Annual report on the working of the mental hospitals in the Madras Presidency - 1912-1932
Year: 1912
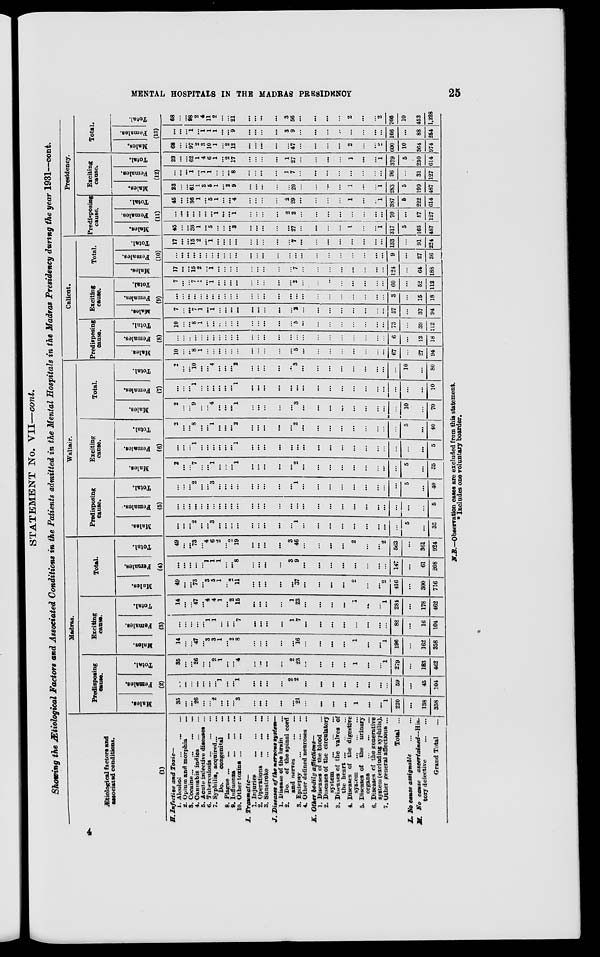
MENTAL HOSPITALS IN THE MADRAS PRESIDENCY
25
STATEMENT No. VII—cont.
Showing the Ætiological Factors and Associated Conditions in the Patients admitted in the Mental Hospitals in the Madras Presidency during the year 1931—cont.
Ætiological factors and
associated conditions.
(1)
H. Infective and Toxic—
1. Alcohol ... ... ...
2. Opium and morphia
...
3. Cocaine
...
...
...
4. Canuabis indica
...
...
5. Acute infective diseases ...
6. Tuberculosis
...
...
...
7. Syphilis, acquired ... ...
Do.
congenital
...
8. Plague
...
...
...
...
9. Influenza ... ...
...
10. Other toxins
...
...
...
I.
Traumatic—
1.
Injuries
...
...
...
2. Operations ...
...
...
3. Sunstroke
...
... ...
J. Diseases of the nervous system—
1. Disease of the brain ...
2. Do. of the spinal cord
and nerves ... ... ...
3. Epilepsy
...
...
...
4. Other defined neuroses ...
K. Other bodily
afflictions—
1. Diseases of the blood ...
2. Diseases of the circulatory
system
...
...
...
3. Diseases of the valves of
the heart
...
...
...
4. Diseases of the digestive
system
...
...
...
5. Diseases of the urinary
organs
...
...
...
6. Diseases of the generative
system (excluding syphilis).
7. Other general affections ...
Total ...
L. No cause assignable
...
...
M. No cause
ascertained—His-
tory defective
...
...
Grand Total ...
Madras.
Predisposing
cause.
Males.
Females.
Total.
(2)
35
...
...
26
...
...
2
...
...
...
3
...
...
...
...
...
21
...
...
...
...
1
...
...
1
220
...
138
358
...
...
...
...
...
...
...
1
...
...
1
...
...
...
...
2
2
...
...
...
...
...
...
...
...
59
...
45
104
35
. ..
...
26
. ..
...
2
1
...
. ..
4
...
...
...
...
2
28
...
...
...
...
1
...
...
1
279
...
183
462
Exciting
cause.
Males.
Females.
Total.
(3)
14
...
...
47
...
3
3
1
...
2
8
...
. ..
...
...
...
16
...
...
...
...
1
...
...
1
196
...
162
358
...
...
...
...
...
1
1
...
...
...
7
...
...
...
...
1
7
...
...
...
...
...
...
. ..
...
88
...
16
104
14
...
...
47
...
4
4
1
...
2
15
...
...
...
1
23
...
...
...
...
1
...
...
1
281
...
178
462
Total.
Mules.
Females.
Total.
(4)
49
...
...
73
...
3
5
1
...
2
11
...
...
...
...
...
37
...
...
...
. ..
2
...
...
2
416
...
300
716
...
...
...
...
...
1
1
1
...
...
8
...
...
...
...
3
9
. ..
...
...
...
...
...
...
...
147
...
61
208
49
...
...
73
...
4
6
2
...
2
19
...
...
...
. ..
3
46
...
...
...
...
2
...
...
2
563
...
361
924
Waltair.
Predisposing
cause.
Males.
Females.'
Total.
(5)
...
...
... 2
...
...
3
...
. ..
...
...
...
...
...
...
...
1
...
...
. ..
. ..
...
...
...
. ..
...
5
...
35
...
...
...
...
...
...
...
...
...
...
...
...
...
...
...
...
...
...
...
...
...
...
...
...
...
...
...
...
5
. ..
...
... 2
. ..
. ..
3
...
...
...
...
...
...
...
...
...
1
...
...
...
...
...
...
...
...
...
5
...
40
Exciting
cause.
Males.
Females.
Total.
(6)
2
. ..
... 7
...
...
1
...
...
...
1
...
...
...
...
...
2
...
...
...
. ..
...
...
...
...
...
5
...
35
...
...
... 1
...
...
...
...
...
...
1
...
...
...
...
...
...
...
...
...
...
...
...
...
...
...
...
...
5
2
...
... 8
...
...
1
. ..
. ..
...
2
...
...
...
...
...
2
...
...
...
...
. ..
...
...
...
...
5
...
40
Total.
Males.
Females.
Total.
(7)
2
...
... 9
...
...
4
...
...
...
1
...
...
...
...
...
3
...
...
...
...
...
...
...
...
...
10
...
70
...
...
... 1
...
...
...
...
...
...
1
...
...
...
...
...
...
...
...
...
...
...
...
...
...
...
...
...
10
2
...
...
10
...
...
4
...
...
. ..
2
...
...
. ..
...
...
3
...
...
...
...
. ..
. ..
...
...
...
10
...
80
Calicut.
Predisposing
cause.
Males.
Females.
Total.
(8)
10
...
...
8
1
...
...
...
...
...
...
...
...
. ..
...
...
5
...
...
...
...
...
...
...
...
67
...
27
94
...
...
...
...
...
...
...
...
...
...
...
...
...
...
...
...
...
. ..
...
...
...
...
...
...
...
6
...
12
18
10
...
...
8
1
...
...
...
...
...
...
...
...
. ..
...
...
5
...
...
...
...
...
...
...
...
73
...
39
112
Exciting
cause.
Males.
Females.
Total.
(9)
7
...
...
7
1
...
1
...
...
...
...
...
...
...
...
...
2
...
...
...
...
...
...
...
...
57
...
37
94
...
...
...
...
...
...
...
...
...
...
...
...
...
...
...
...
...
...
...
...
...
...
...
...
...
3
...
15
18
7
...
...
7
1
...
1
...
...
...
...
...
...
...
...
...
2
...
...
...
...
...
...
...
...
60
...
52
112
Total.
Males.
Females.
Total.
(10)
17
...
...
15
2
...
1
...
...
...
. ..
...
...
. ..
...
...
7
...
...
...
...
...
...
...
...
124
...
64
188
...
...
...
...
...
...
...
...
...
...
...
...
...
...
...
...
...
...
...
...
...
...
...
...
...
9
...
27
36
17
...
...
15
2
...
1
...
...
. ..
...
. ..
...
...
. ..
...
7
...
...
...
...
...
...
...
...
133
...
91
224
Presidency.
Predisposing
cause.
Males.
Females.
Total.
(11)
45
...
...
36
1
...
5
...
...
...
3
...
...
...
...
...
27
...
...
...
...
1
...
...
1
317
5
165
487
...
...
...
...
...
...
...
1
...
...
1
...
.
..
...
. ..
2
2
...
...
...
...
...
...
...
...
70
...
57
127
45
...
...
36
1
. ..
5
1
...
...
4
...
...
...
...
2
29
...
...
...
...
1
...
...
1
387
6
222
614
Exciting
cause.
Males.
Females.
Total.
(12)
23
...
...
61
1
3
5
1
. ..
2
9
...
...
...
...
20
...
...
...
1
...
...
1
283
5
199
487
. ..
...
...
1
...
1
1
...
...
...
8
...
...
...
...
1
7
...
. ..
...
...
...
...
...
...
96
31
127
23
...
...
62
1
4
6
1
. ..
2
17
. ..
. ..
...
. ..
1
27
...
...
...
...
1
...
...
1
379
5
230
614
Total.
Males.
Females.
Total.
(13)
68
...
...
97
2
3
10
1
2
12
...
...
...
. ..
47
...
...
...
...
2
...
...
2
600
10
964
974
...
...
...
1
...
1
1
1
...
...
9
. ..
. ..
...
. ..
3
9
...
...
...
...
...
...
...
...
166
...
88
254
68
...
...
98
2
4
11
2
. ..
...
21
...
...
...
...
3
56
. ..
. ..
. ..
...
2
...
...
2
766
10
452
1,228
N.B.—Observation cases are excluded from this statement.
* Includes one voluntary boarder.
4